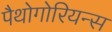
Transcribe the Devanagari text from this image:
पैथोगोरियन्स